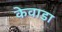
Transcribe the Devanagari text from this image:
केवाडा